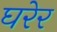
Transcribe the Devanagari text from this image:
घरेर